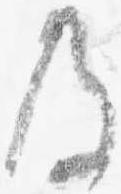
及